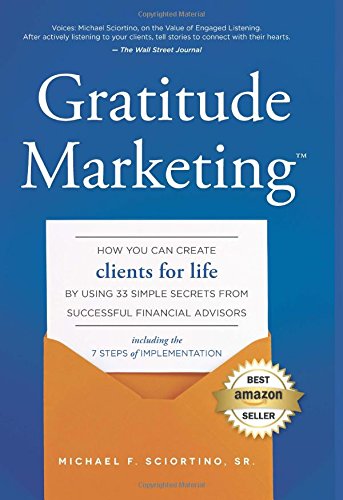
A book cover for Gratitude Marketing: How You Can Create Clients For Life By Using 33 Simple Secrets From Successful Financial Advisors; Michael F. Sciortino Sr/; Business & Money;